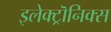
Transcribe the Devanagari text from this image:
इलेक्ट्रॊनिक्स